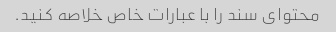
محتوای سند را با عبارات خاص خلاصه کنید.